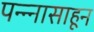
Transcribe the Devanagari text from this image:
पन्‍न्‍नासाहून